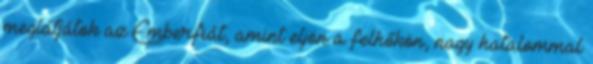
meglátjátok az Emberfiát, amint eljön a felhőkön, nagy hatalommal